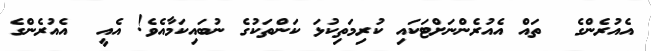
އެއުރެންގެ  ތައް އެއުރެންނަށްޓަކައި ކުރިމަތިކުޅަ ކަންތަކުގެ ނުބައިކަމާއެވެ! އެއީ  އެއުރެންގެ